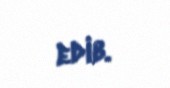
edib.